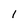
Character: l